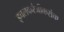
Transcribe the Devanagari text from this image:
इचलकरंजीकरांचा